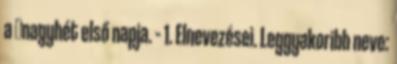
a →nagyhét első napja. – 1. Elnevezései. Leggyakoribb neve: